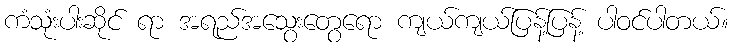
ကံသုံးပါးဆိုင် ရာ အရည်အသွေးတွေရော ကျယ်ကျယ်ပြန့်ပြန့် ပါဝင်ပါတယ်။